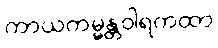
ကာယကမ္မန္တဝါရကထာ